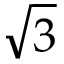
\sqrt { 3 }